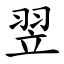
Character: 翌